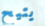
يتيح